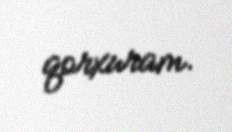
qorxuram.